Report on vaccination in Madras 1904-1921 - 1904-1921
Year: 1904
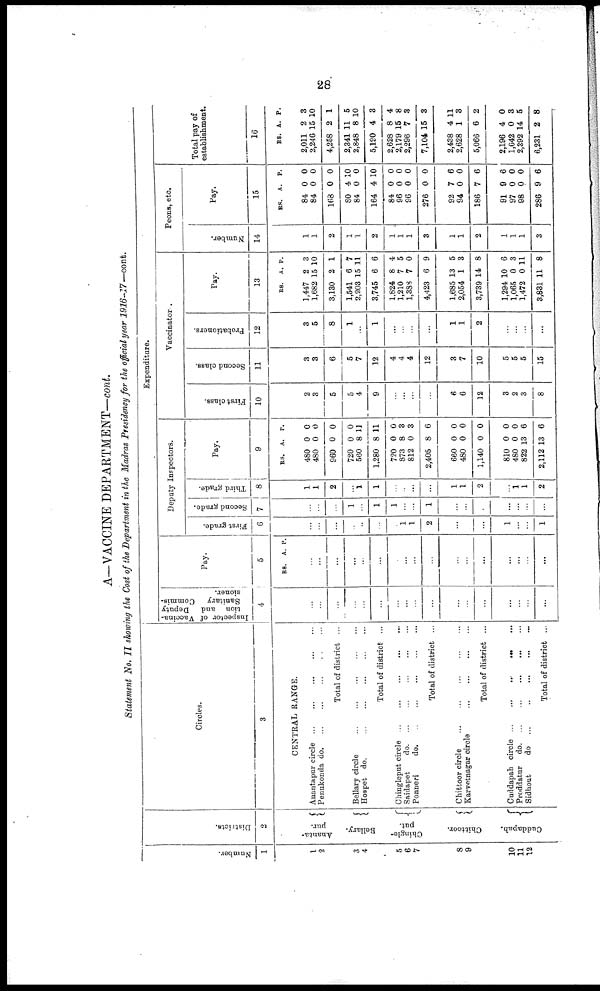
28
A—VACCINE DEPARTMENT—cont.
Statement No. II showing the Cost of the Department in the Madras Presidency for the official year 1916-17—cont.
Number.
1
1
2
3
4
5
6
7
8
9
10
11
12
Districts.
2
Ananta¬
pur.
Bellary.
Chingle¬
put.
Chittoor.
Cuddapah.
Circles.
3
CENTRAL RANGE.
Anantapur circle
...
...
...
...
...
Penukonda d
o
. ... ... ... ... ...
Total of district ...
Bellary circle
...
...
...
...
...
Hospet do.
...
...
...
...
...
Total of district ...
Chingleput circle
...
...
...
...
...
Saidapet
d
o
. ... ... ... ... ...
Ponneri
d
o
. ... ... ... ... ...
Total of district ...
Chittoor circle
...
...
...
...
...
Karvetnagar circle
...
...
...
...
Total of district ...
Cuddapah circle ... ... ... ... ...
Proddatur
d
o
. ... ... ... ... ...
Sidhout
do ...
...
...
...
...
Total of district ...
Expenditure.
Inspector of Vaccina-
tion and Deputy
Sanitary
Commis-
sioner.
4
...
...
...
...
...
...
...
...
...
...
...
...
...
...
...
...
...
Pay.
5
RS. A. P.
...
...
...
...
...
...
...
...
...
...
...
...
...
...
...
...
...
Deputy Inspectors.
First grade.
6
...
...
...
...
...
...
...
1
1
2
...
...
...
1
...
...
1
Second grade.
7
...
...
...
1
...
1
1
...
...
1
...
...
...
...
...
...
...
Third grade.
8
1
1
2
...
1
1
...
...
...
...
1
1
2
...
1
1
2
Pay.
9
RS. A. P.
480
480
960
720
560
1,280
720
873
812
2,405
660
480
1,140
810
480
822
2,112
0
0
0
0
8
8
0
8
0
8
0
0
0
0
0
13
13
0
0
0
0
11
11
0
8
3
6
0
0
0
0
0
6
6
Vaccinator.
First class.
10
2
3
5
5
4
9
...
...
...
...
6
6
12
3
2
3
8
Second class.
11
3
3
6
5
7
12
4
4
4
12
3
7
10
5
5
5
15
Probationers.
12
3
5
8
1
...
1
...
...
...
...
1
1
2
...
...
...
...
Pay.
13
RS. A. P.
1,447
1,682
3,130
1,541
2,203
3,745
1,824
1,210
1,388
4,423
1,685
2,054
3,739
1,294
1,065
1,472
3,831
2
15
2
6
15
6
8
7
7
6
13
1
14
10
0
0
11
3
10
1
7
11
6
4
5
0
9
5
3
8
6
3
11
8
Peons, etc.
Number.
14
1
1
2
1
1
2
1
1
1
3
1
1
2
1
1
1
3
Pay.
15
RS.
A. P.
84
84
168
80
84
164
84
96
96
276
92
94
186
91
97
98
286
0
0
0
4
0
4
0
0
0
0
7
0
7
9
0
0
9
0
0
0
10
0
10
0
0
0
0
6
0
6
6
0
0
6
Total pay of
establishment.
16
RS. A. P.
2,011
2,246
4,258
2,341
2,848
5,190
2,628
2,179
2,296
7,104
2,438
2,628
5,066
2,196
1,642
2,392
6,231
2
15
2
11
8
4
8
15
7
15
4
1
6
4
0
14
2
3
10
1
5
10
3
4
8
3
3
11
8
2
0
3
5
8